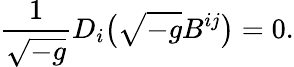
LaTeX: \frac{1}{\sqrt{-g}}D_{i}\bigl(\sqrt{-g}B^{ij}\bigr)=0.